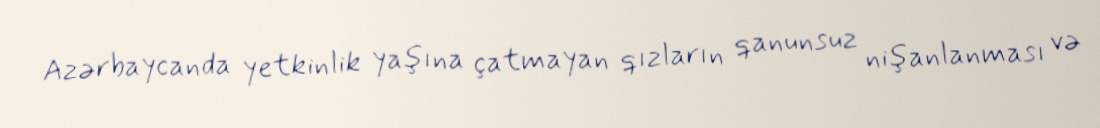
Azərbaycanda yetkinlik yaşına çatmayan qızların qanunsuz nişanlanması və